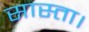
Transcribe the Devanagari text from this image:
सास्ता।